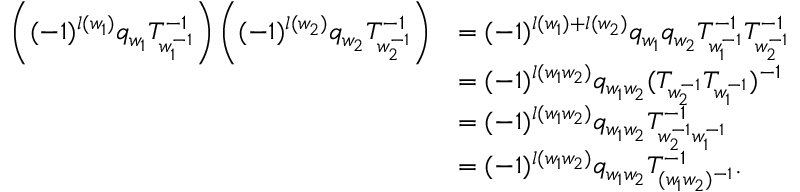
\begin{array} { r l } { \left( ( - 1 ) ^ { l ( w _ { 1 } ) } q _ { w _ { 1 } } T _ { w _ { 1 } ^ { - 1 } } ^ { - 1 } \right) \left( ( - 1 ) ^ { l ( w _ { 2 } ) } q _ { w _ { 2 } } T _ { w _ { 2 } ^ { - 1 } } ^ { - 1 } \right) } & { = ( - 1 ) ^ { l ( w _ { 1 } ) + l ( w _ { 2 } ) } q _ { w _ { 1 } } q _ { w _ { 2 } } T _ { w _ { 1 } ^ { - 1 } } ^ { - 1 } T _ { w _ { 2 } ^ { - 1 } } ^ { - 1 } } \\ & { = ( - 1 ) ^ { l ( w _ { 1 } w _ { 2 } ) } q _ { w _ { 1 } w _ { 2 } } ( T _ { w _ { 2 } ^ { - 1 } } T _ { w _ { 1 } ^ { - 1 } } ) ^ { - 1 } } \\ & { = ( - 1 ) ^ { l ( w _ { 1 } w _ { 2 } ) } q _ { w _ { 1 } w _ { 2 } } T _ { w _ { 2 } ^ { - 1 } w _ { 1 } ^ { - 1 } } ^ { - 1 } } \\ & { = ( - 1 ) ^ { l ( w _ { 1 } w _ { 2 } ) } q _ { w _ { 1 } w _ { 2 } } T _ { ( w _ { 1 } w _ { 2 } ) ^ { - 1 } } ^ { - 1 } . } \end{array}